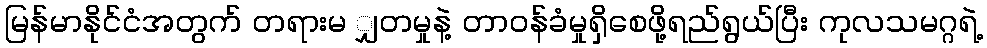
မြန်မာနိုင်ငံအတွက် တရားမ ျှတမှုနဲ့ တာဝန်ခံမှုရှိစေဖို့ရည်ရွယ်ပြီး ကုလသမဂ္ဂရဲ့